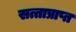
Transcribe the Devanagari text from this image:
सत्ताप्राप्त